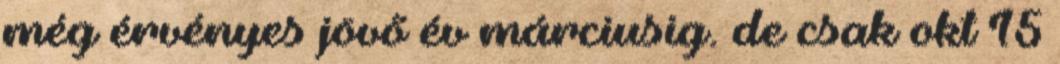
még érvényes jövő év márciusig. de csak okt 15